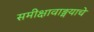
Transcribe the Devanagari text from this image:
समीक्षावाङ्मयाचे